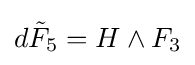
d{\tilde {F}}_{5}=H\wedge F_{3}